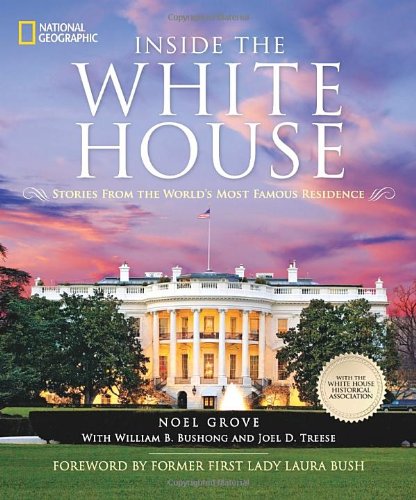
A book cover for Inside the White House: Stories From the World's Most Famous Residence; Noel Grove; Arts & Photography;